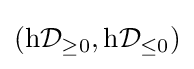
(\mathrm {h} {\mathcal {D}}_{\geq 0},\mathrm {h} {\mathcal {D}}_{\leq 0})